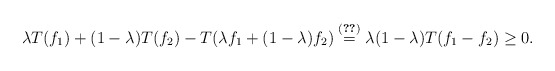
\begin{align*}\lambda T(f_{1})+(1-\lambda)T(f_{2})-T(\lambda f_{1}+(1-\lambda)f_{2})\stackrel{\eqref{one8}}{=}\lambda(1-\lambda)T(f_{1}-f_{2})\geq0.\end{align*}